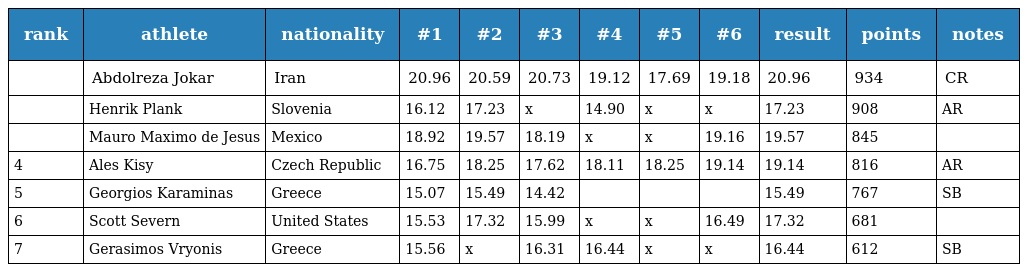
| rank | athlete | nationality | #1 | #2 | #3 | #4 | #5 | #6 | result | points | notes |
 | --- | --- | --- | --- | --- | --- | --- | --- | --- | --- | --- | --- |
 |  | Abdolreza Jokar | Iran | 20.96 | 20.59 | 20.73 | 19.12 | 17.69 | 19.18 | 20.96 | 934 | CR |
 |  | Henrik Plank | Slovenia | 16.12 | 17.23 | x | 14.90 | x | x | 17.23 | 908 | AR |
 |  | Mauro Maximo de Jesus | Mexico | 18.92 | 19.57 | 18.19 | x | x | 19.16 | 19.57 | 845 |  |
 | 4 | Ales Kisy | Czech Republic | 16.75 | 18.25 | 17.62 | 18.11 | 18.25 | 19.14 | 19.14 | 816 | AR |
 | 5 | Georgios Karaminas | Greece | 15.07 | 15.49 | 14.42 |  |  |  | 15.49 | 767 | SB |
 | 6 | Scott Severn | United States | 15.53 | 17.32 | 15.99 | x | x | 16.49 | 17.32 | 681 |  |
 | 7 | Gerasimos Vryonis | Greece | 15.56 | x | 16.31 | 16.44 | x | x | 16.44 | 612 | SB |